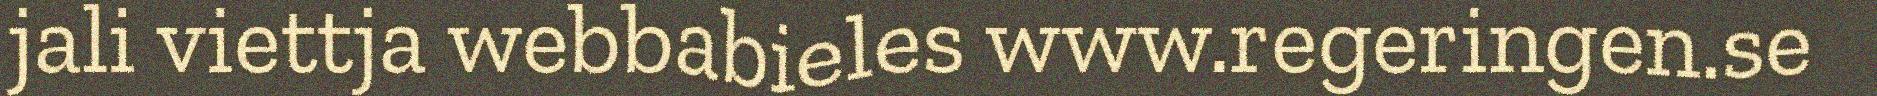
jali viettja webbabieles www.regeringen.se